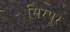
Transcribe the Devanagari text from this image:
सिरपूर